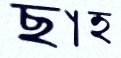
ছাহ